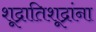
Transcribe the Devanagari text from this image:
शूद्रातिशूद्रांना